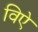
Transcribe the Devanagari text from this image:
विऐ